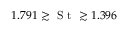
1 . 7 9 1 \gtrsim \textrm { S t } \gtrsim 1 . 3 9 6